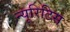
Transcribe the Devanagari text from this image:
न्यूरिटिस